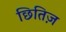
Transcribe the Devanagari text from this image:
छितिज़